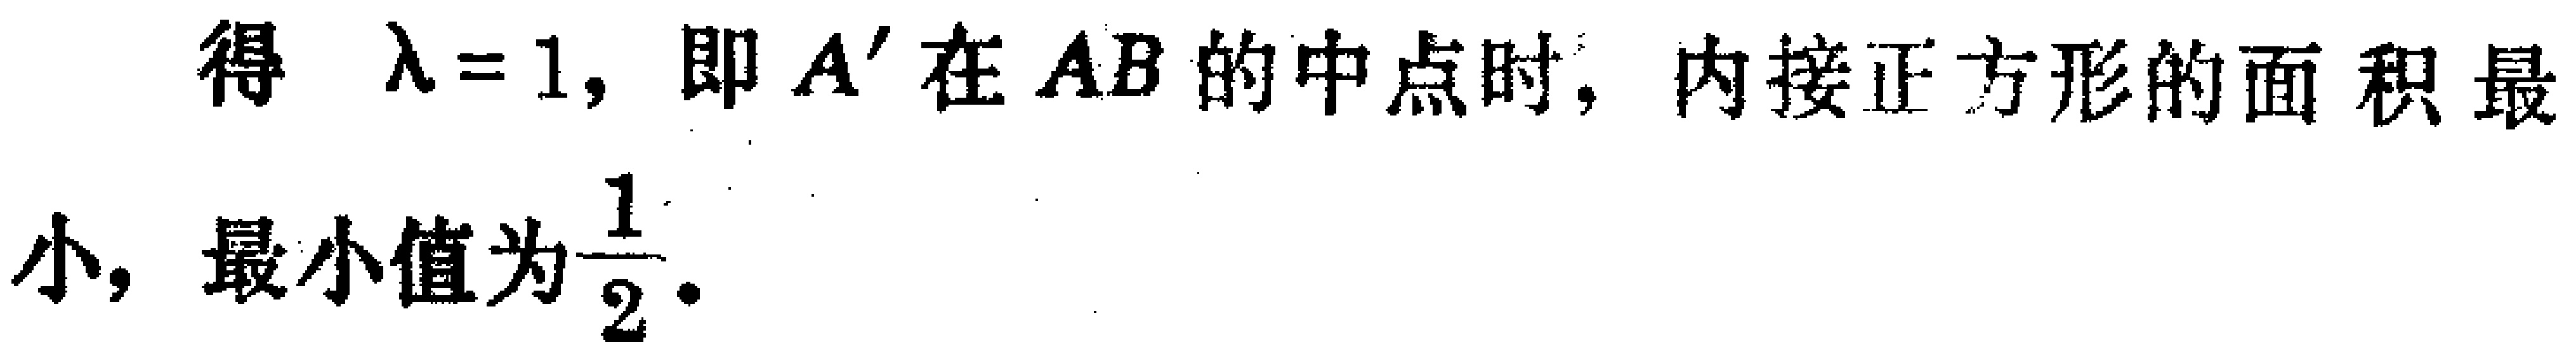
得 $\lambda = 1$, 即 $A^{\prime}$ 在 $AB$ 的中点时, 内接正方形的面积最
小, 最小值为$\dfrac{1}{2}$.